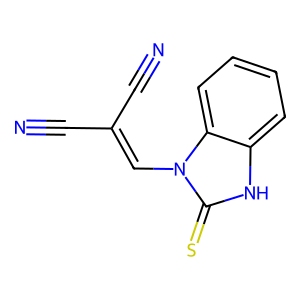
SMILES: N#CC(C#N)=Cn1c(=S)[nH]c2ccccc21
Inhibits HIV replication: No